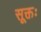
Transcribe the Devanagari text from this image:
सूक्तः